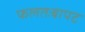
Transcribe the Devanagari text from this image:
फलतःबापट